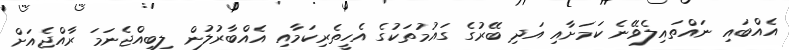
އެއްބައި ނައްތައިލެވޭނެ ކަމަށާއި އަދި ބޭރުގެ ގައުމުތަކުގެ އެހީތެރިކަމާއި އެއްބާރުލުން ލިބިއްޖެނަމަ ރާއްޖެއަށް